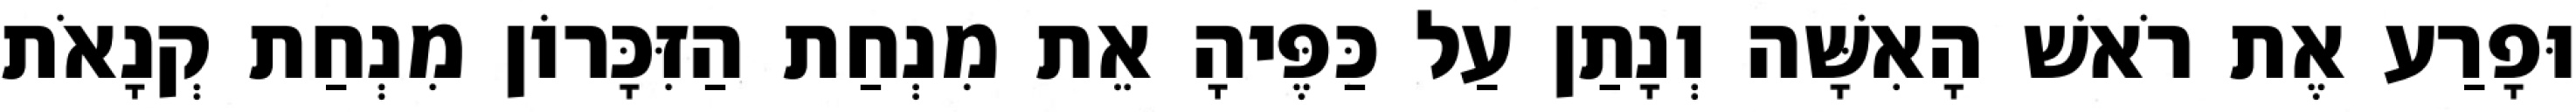
וּפָרַע אֶת רֹאשׁ הָאִשָּׁה וְנָתַן עַל כַּפֶּיהָ אֵת מִנְחַת הַזִּכָּרוֹן מִנְחַת קְנָאֹת